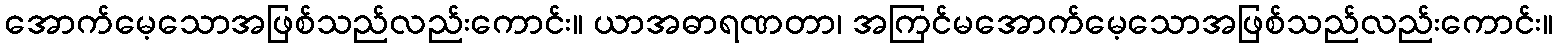
အောက်မေ့သောအဖြစ်သည်လည်းကောင်း။ ယာအဓာရဏတာ၊ အကြင်မအောက်မေ့သောအဖြစ်သည်လည်းကောင်း။